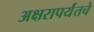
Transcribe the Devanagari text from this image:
अक्षरापर्यंतचे